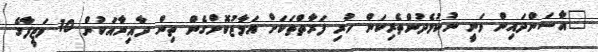
"އާސަންދައިން ވަނީ ނުކުޅެދުންތެރިކަން ހުރި ފަރާތްތަކަށް އަމާޒުކޮށްގެން ތިން ދާއިރާއަކުން 10 ވަޒީފާގެ